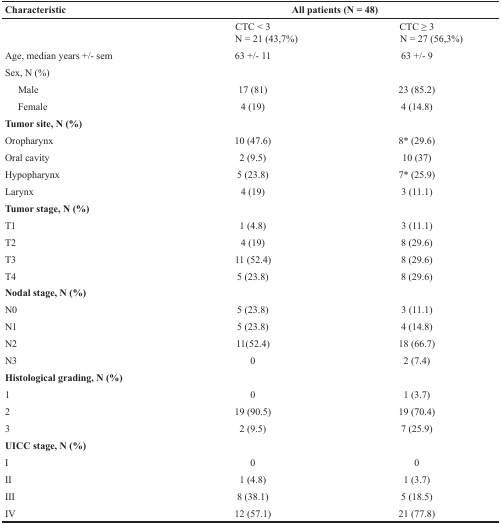
<table><thead><tr><td><b>Characteristic</b></td><td colspan="2"><b>All patients (N = 48)</b></td></tr></thead><tbody><tr><td></td><td>CTC &lt; 3N = 21 (43,7%)</td><td>CTC ≥ 3N = 27 (56,3%)</td></tr><tr><td>Age, median years +/− sem</td><td>63 +/− 11</td><td>63 +/− 9</td></tr><tr><td>Sex, N (%)</td><td></td><td></td></tr><tr><td>Male</td><td>17 (81)</td><td>23 (85.2)</td></tr><tr><td>Female</td><td>4 (19)</td><td>4 (14.8)</td></tr><tr><td><b>Tumor site, N (%)</b></td><td></td><td></td></tr><tr><td>Oropharynx</td><td>10 (47.6)</td><td>8<sup>*</sup> (29.6)</td></tr><tr><td>Oral cavity</td><td>2 (9.5)</td><td>10 (37)</td></tr><tr><td>Hypopharynx</td><td>5 (23.8)</td><td>7<sup>*</sup> (25.9)</td></tr><tr><td>Larynx</td><td>4 (19)</td><td>3 (11.1)</td></tr><tr><td><b>Tumor stage, N (%)</b></td><td></td><td></td></tr><tr><td>T1</td><td>1 (4.8)</td><td>3 (11.1)</td></tr><tr><td>T2</td><td>4 (19)</td><td>8 (29.6)</td></tr><tr><td>T3</td><td>11 (52.4)</td><td>8 (29.6)</td></tr><tr><td>T4</td><td>5 (23.8)</td><td>8 (29.6)</td></tr><tr><td><b>Nodal stage, N (%)</b></td><td></td><td></td></tr><tr><td>N0</td><td>5 (23.8)</td><td>3 (11.1)</td></tr><tr><td>N1</td><td>5 (23.8)</td><td>4 (14.8)</td></tr><tr><td>N2</td><td>11(52.4)</td><td>18 (66.7)</td></tr><tr><td>N3</td><td>0</td><td>2 (7.4)</td></tr><tr><td><b>Histological grading, N (%)</b></td><td></td><td></td></tr><tr><td>1</td><td>0</td><td>1 (3.7)</td></tr><tr><td>2</td><td>19 (90.5)</td><td>19 (70.4)</td></tr><tr><td>3</td><td>2 (9.5)</td><td>7 (25.9)</td></tr><tr><td><b>UICC stage, N (%)</b></td><td></td><td></td></tr><tr><td>I</td><td>0</td><td>0</td></tr><tr><td>II</td><td>1 (4.8)</td><td>1 (3.7)</td></tr><tr><td>III</td><td>8 (38.1)</td><td>5 (18.5)</td></tr><tr><td>IV</td><td>12 (57.1)</td><td>21 (77.8)</td></tr></tbody></table>